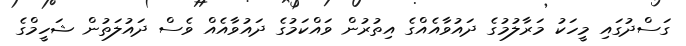
ގަސްދުގައި މީހަކު މަރާލުމުގެ ދައުވާއެއްގެ އިތުރުން ވައްކަމުގެ ދައުވާއެއް ވެސް ދައުލަތުން ޝަހީމްގެ